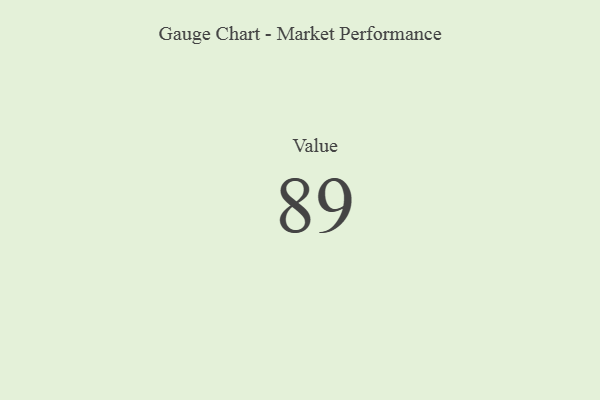
{"axis": {"x": "Metric", "y": "Value"}, "legend": [""], "data": [{"x": "Value", "y": 89, "type": ""}]}